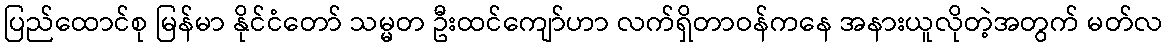
ပြည်ထောင်စု မြန်မာ နိုင်ငံတော် သမ္မတ ဦးထင်ကျော်ဟာ လက်ရှိတာဝန်ကနေ အနားယူလိုတဲ့အတွက် မတ်လ